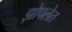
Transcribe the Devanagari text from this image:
झोपलेत